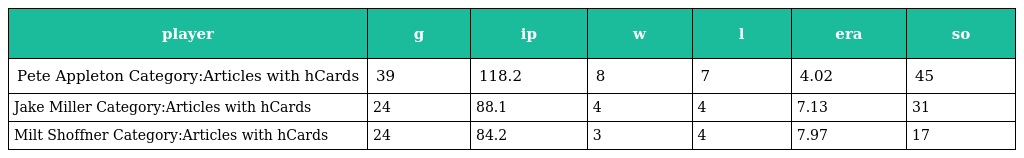
| player | g | ip | w | l | era | so |
 | --- | --- | --- | --- | --- | --- | --- |
 | Pete Appleton Category:Articles with hCards | 39 | 118.2 | 8 | 7 | 4.02 | 45 |
 | Jake Miller Category:Articles with hCards | 24 | 88.1 | 4 | 4 | 7.13 | 31 |
 | Milt Shoffner Category:Articles with hCards | 24 | 84.2 | 3 | 4 | 7.97 | 17 |